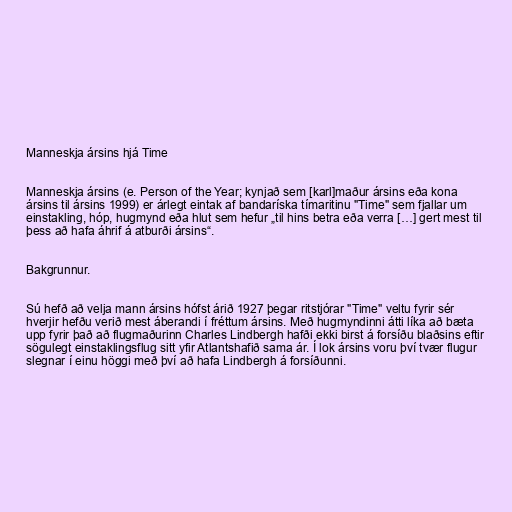
Manneskja ársins hjá Time

Manneskja ársins (e. Person of the Year; kynjað sem [karl]maður ársins eða kona
ársins til ársins 1999) er árlegt eintak af bandaríska tímaritinu "Time" sem fjallar um
einstakling, hóp, hugmynd eða hlut sem hefur „til hins betra eða verra […] gert mest til
þess að hafa áhrif á atburði ársins“.

Bakgrunnur.

Sú hefð að velja mann ársins hófst árið 1927 þegar ritstjórar "Time" veltu fyrir sér
hverjir hefðu verið mest áberandi í fréttum ársins. Með hugmyndinni átti líka að bæta
upp fyrir það að flugmaðurinn Charles Lindbergh hafði ekki birst á forsíðu blaðsins eftir
sögulegt einstaklingsflug sitt yfir Atlantshafið sama ár. Í lok ársins voru því tvær flugur
slegnar í einu höggi með því að hafa Lindbergh á forsíðunni.